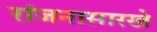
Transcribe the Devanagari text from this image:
रांजनासारखे